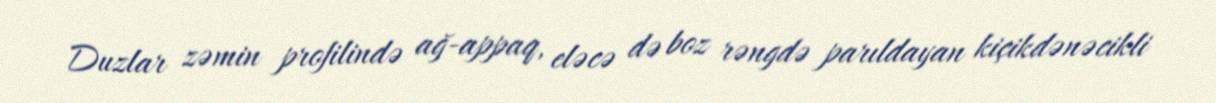
Duzlar zəmin profilində ağ-appaq, eləcə də boz rəngdə parıldayan kiçikdənəcikli